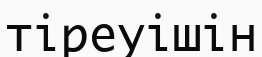
тіреуішін